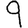
Digit: 9